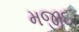
મજીદ